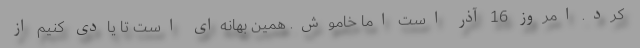
کرد. امروز 16 آذر است اما خاموش. همین بهانه‌ای است تا یادی کنیم از